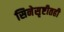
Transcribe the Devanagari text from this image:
सिनेसृष्टीतही